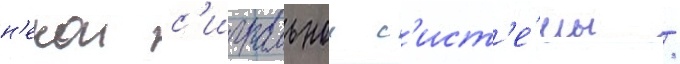
н'екои с'игнальнои с'ист'е́мы /